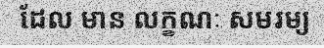
ដែល មាន លក្ខណៈ សមរម្យ